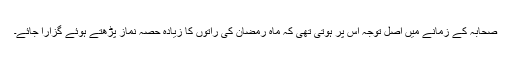
صحابہ کے زمانے میں اصل توجہ اس پر ہوتی تھی کہ ماہ رمضان کی راتوں کا زیادہ حصہ نماز پڑھتے ہوئے گزارا جائے۔